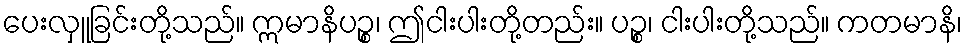
ပေးလှူခြင်းတို့သည်။ ဣမာနိပဉ္စ၊ ဤငါးပါးတို့တည်း။ ပဉ္စ၊ ငါးပါးတို့သည်။ ကတမာနိ၊